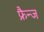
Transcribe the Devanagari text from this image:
फ्रैन्ज